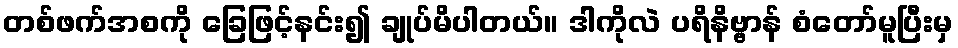
တစ်ဖက်အစကို ခြေဖြင့်နင်း၍ ချုပ်မိပါတယ်။ ဒါကိုလဲ ပရိနိဗ္ဗာန် စံတော်မူပြီးမှ